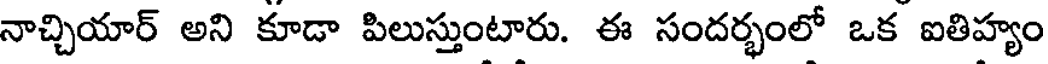
నాచ్చియార్ అని కూడా పిలుస్తుంటారు. ఈ సందర్భంలో ఒక ఐతిహ్యం